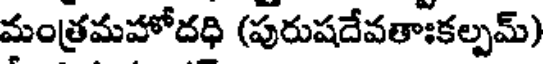
మంత్రమహోదధి (పురుషదేవతాఃకల్పమ్)